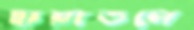
ছায়াতলে